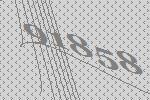
91858